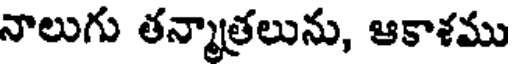
నాలుగు తన్మాత్రలును, ఆకాశము